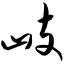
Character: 峙